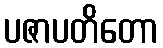
ပဇာပတိတော